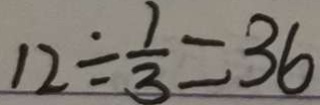
1 2 \div \frac { 1 } { 3 } = 3 6